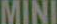
MINI